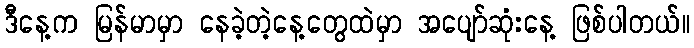
ဒီနေ့က မြန်မာမှာ နေခဲ့တဲ့နေ့တွေထဲမှာ အပျော်ဆုံးနေ့ ဖြစ်ပါတယ်။